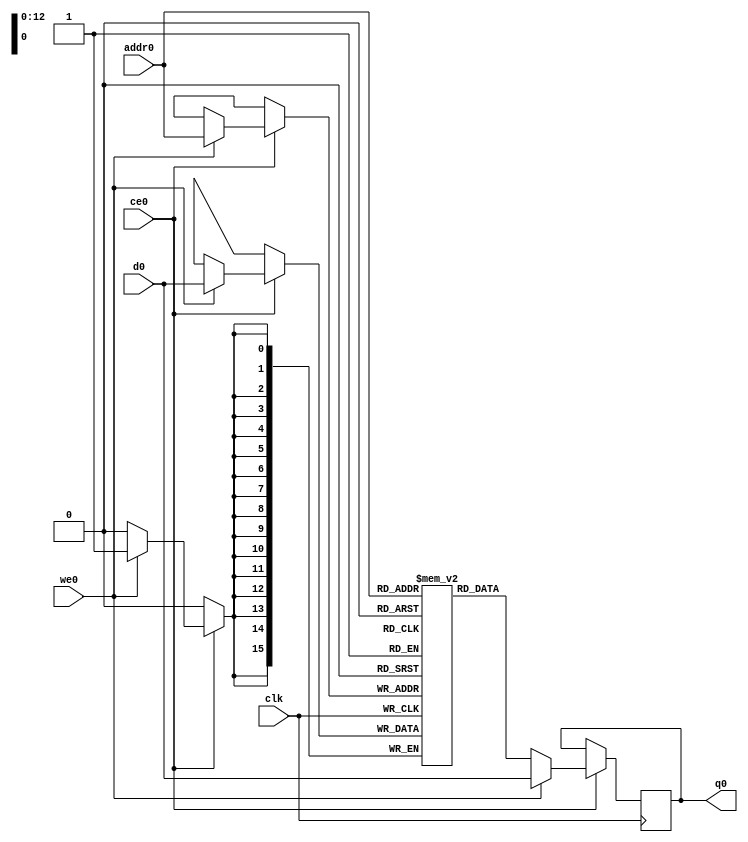
// ==============================================================
// File generated by Vivado(TM) HLS - High-Level Synthesis from C, C++ and SystemC
// Version: 2017.4
// Copyright (C) 1986-2017 Xilinx, Inc. All Rights Reserved.
// 
// ==============================================================

`timescale 1 ns / 1 ps
module line_buffer_mp_1_bkb_ram (addr0, ce0, d0, we0, q0,  clk);

parameter DWIDTH = 16;
parameter AWIDTH = 13;
parameter MEM_SIZE = 8192;

input[AWIDTH-1:0] addr0;
input ce0;
input[DWIDTH-1:0] d0;
input we0;
output reg[DWIDTH-1:0] q0;
input clk;

(* ram_style = "block" *)reg [DWIDTH-1:0] ram[0:MEM_SIZE-1];




always @(posedge clk)  
begin 
    if (ce0) 
    begin
        if (we0) 
        begin 
            ram[addr0] <= d0; 
            q0 <= d0;
        end 
        else 
            q0 <= ram[addr0];
    end
end


endmodule


`timescale 1 ns / 1 ps
module line_buffer_mp_1_bkb(
    reset,
    clk,
    address0,
    ce0,
    we0,
    d0,
    q0);

parameter DataWidth = 32'd16;
parameter AddressRange = 32'd8192;
parameter AddressWidth = 32'd13;
input reset;
input clk;
input[AddressWidth - 1:0] address0;
input ce0;
input we0;
input[DataWidth - 1:0] d0;
output[DataWidth - 1:0] q0;



line_buffer_mp_1_bkb_ram line_buffer_mp_1_bkb_ram_U(
    .clk( clk ),
    .addr0( address0 ),
    .ce0( ce0 ),
    .d0( d0 ),
    .we0( we0 ),
    .q0( q0 ));

endmodule